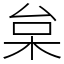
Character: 枲